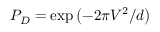
P _ { D } = \exp \left( - 2 \pi V ^ { 2 } / d \right)